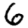
Digit: 6